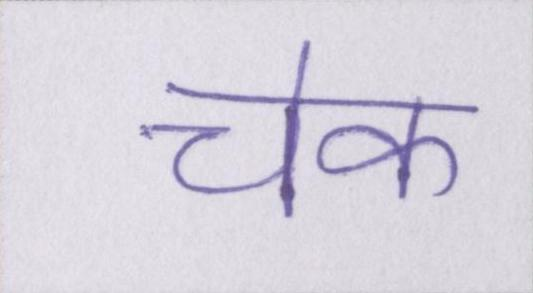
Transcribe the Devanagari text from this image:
चेक